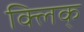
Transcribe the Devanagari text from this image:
क्लिक्